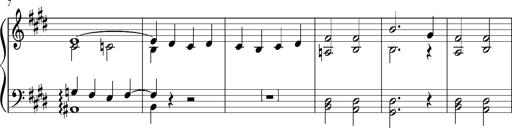
Title: Resignazione, S.187a/b
Composer: Franz Liszt